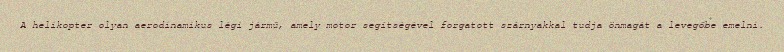
A helikopter olyan aerodinamikus légi jármű, amely motor segítségével forgatott szárnyakkal tudja önmagát a levegőbe emelni.